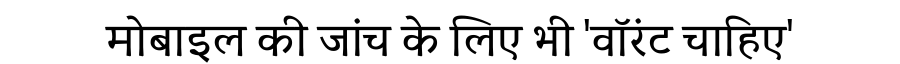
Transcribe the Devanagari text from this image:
मोबाइल की जांच के लिए भी 'वॉरंट चाहिए'